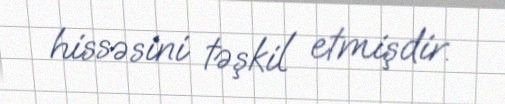
hissəsini təşkil etmişdir.